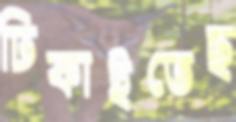
ঢিকাইতেছ